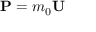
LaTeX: \mathbf { P } = m _ { 0 } \mathbf { U }